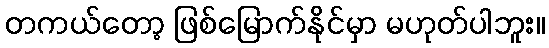
တကယ်တော့ ဖြစ်မြောက်နိုင်မှာ မဟုတ်ပါဘူး။